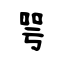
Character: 咢